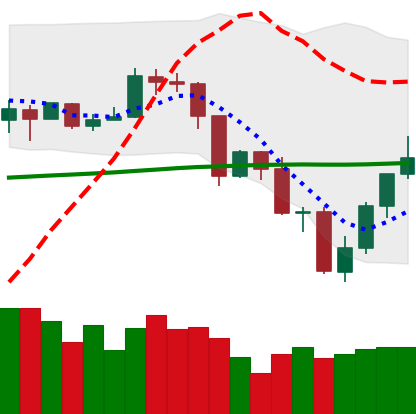
Ticker: TRX-USD
Chart end date: 2019-07-20
Forward return: -20.873%
Label: down_7plus